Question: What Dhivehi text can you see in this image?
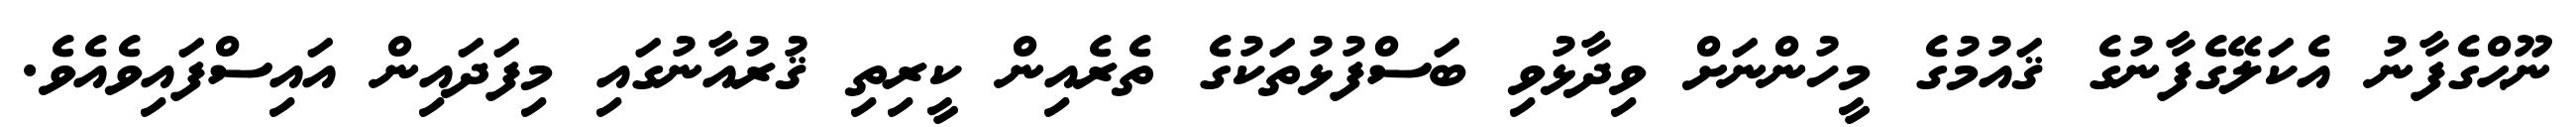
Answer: ނޫޙްގެފާނު އެކަލޭގެފާނުގެ ޤައުމުގެ މީހުންނަށް ވިދާޅުވި ބަސްފުޅުތަކުގެ ތެރެއިން ކީރިތި ޤުރުއާނުގައި މިފަދައިން އައިސްފައިވެއެވެ.